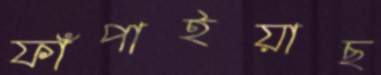
ফাঁপাইয়াছ